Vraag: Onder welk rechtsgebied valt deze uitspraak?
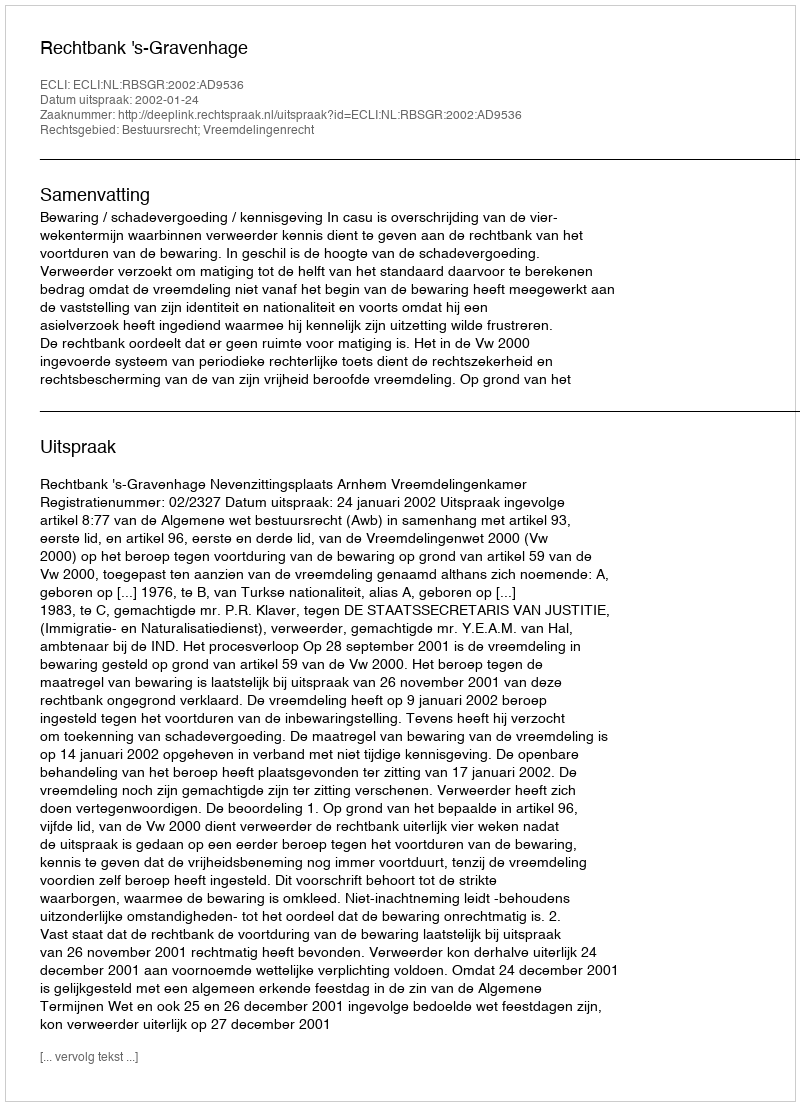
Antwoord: Bestuursrecht; Vreemdelingenrecht